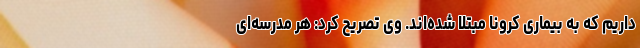
داریم که به بیماری کرونا مبتلا شده‌اند. وی تصریح کرد: هر مدرسه‌ای